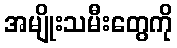
အမျိုးသမီးတွေကို